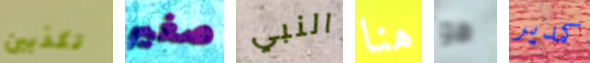
تكذبين صغير النبي هنا هو كمدير